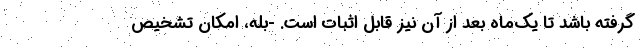
گرفته باشد تا یک‌ماه بعد از آن نیز قابل اثبات است. -بله، امکان تشخیص